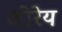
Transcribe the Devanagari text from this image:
जीरेय